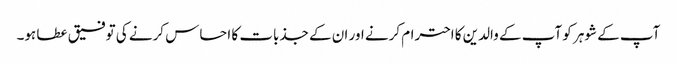
آپ کے شوہر کو آپ کے والدین کا احترام کرنے اور ان کے جذبات کا احساس کرنے کی توفیق عطا ہو۔